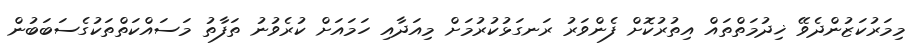
މިމަރުކަޒުންދެވޭ ޚިދުމަތްތައް އިތުރުކޮށް ފެންވަރު ރަނގަޅުކުރުމަށް މިއަދާއި ހަމައަށް ކުރެވުނު ތަފާތު މަސައްކަތްތަކުގެސަބަބުން